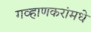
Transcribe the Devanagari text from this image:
गव्हाणकरांमधे